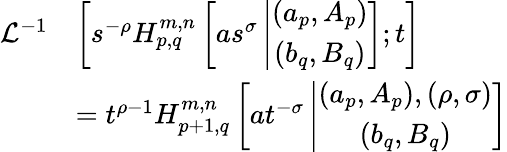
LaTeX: \begin{array}{rl}{\mathcal{L}^{-1}}&{\left[s^{-\rho}H_{p,q}^{m,n}\left[as^{\sigma}\left|\begin{array}{c}{(a_{p},A_{p})}\\ {(b_{q},B_{q})}\end{array}\right.\right];t\right]}\\ &{=t^{\rho-1}H_{p+1,q}^{m,n}\left[at^{-\sigma}\left|\begin{array}{c}{(a_{p},A_{p}),(\rho,\sigma)}\\ {(b_{q},B_{q})}\end{array}\right.\right]}\end{array}